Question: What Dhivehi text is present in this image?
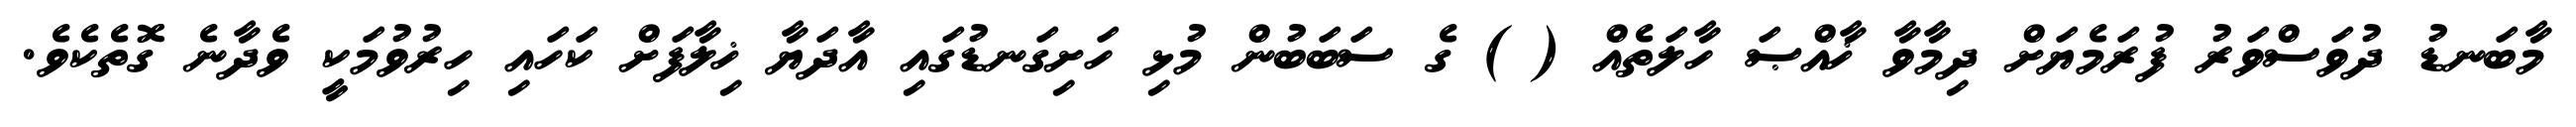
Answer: މާބަނޑު ދުވަސްވަރު ފުރަމެޔަށް ދިމާވާ ޚާއްޞަ ހާލަތެއް ( ) ގެ ސަބަބުން މުޅި ހަށިގަނޑުގައި އާދަޔާ ޚިލާފަށް ކަހައި ހިރުވުމަކީ ވެދާނެ ގޮތެކެވެ.